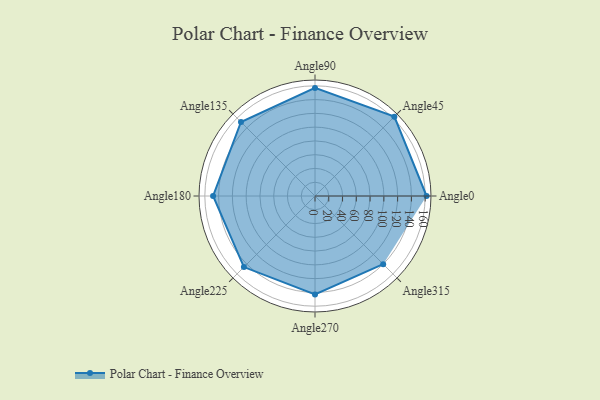
{"axis": {"x": "Angle", "y": "Radius"}, "legend": [""], "data": [{"x": "Angle0", "y": 162.0, "type": ""}, {"x": "Angle45", "y": 163.0, "type": ""}, {"x": "Angle90", "y": 157.0, "type": ""}, {"x": "Angle135", "y": 152.0, "type": ""}, {"x": "Angle180", "y": 148.0, "type": ""}, {"x": "Angle225", "y": 146.0, "type": ""}, {"x": "Angle270", "y": 143.0, "type": ""}, {"x": "Angle315", "y": 140.0, "type": ""}]}